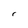
Character: r